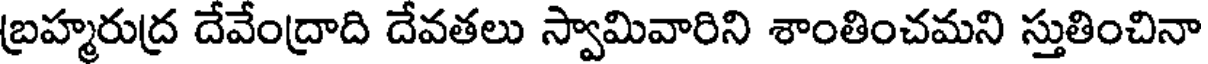
బ్రహ్మరుద్ర దేవేంద్రాది దేవతలు స్వామివారిని శాంతించమని స్తుతించినా